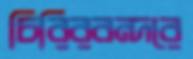
চিরিরবন্দরে